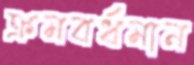
ক্রমবর্ধমান